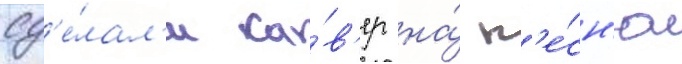
сд'е́лал'и ка́в'ер на́ п'е́сн'ю